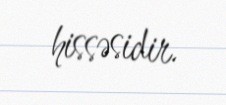
hissəsidir.